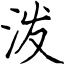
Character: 泼